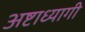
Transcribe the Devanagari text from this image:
अष्टाध्यागी